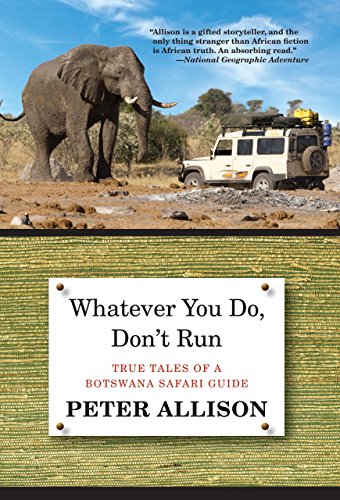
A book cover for Whatever You Do, Don't Run: True Tales Of A Botswana Safari Guide; Peter Allison; Travel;